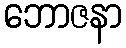
ဘောဇနာ